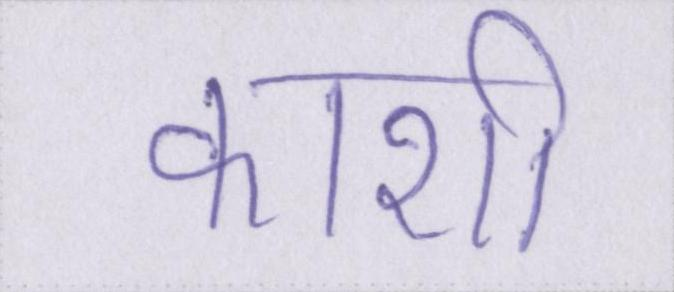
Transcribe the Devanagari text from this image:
काशी